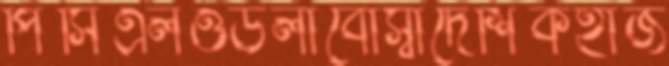
পিসিএলওডলাবোস্বাদেশিকহাজ